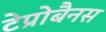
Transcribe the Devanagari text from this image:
टेप्रोबैनस